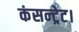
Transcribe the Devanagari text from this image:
कंसन्ट्रेट।